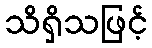
သိရှိသဖြင့်